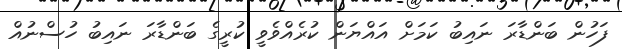
ފަހުން ބަންޑާރަ ނައިބު ކަމަށް އައްޔަން ކުރެއްވެވީ ކުރީގެ ބަންޑާރަ ނައިބު ހުސްނުއް